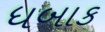
ધબાક